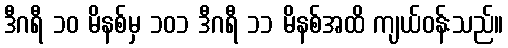
ဒီဂရီ ၁၀ မိနစ်မှ ၁၀၁ ဒီဂရီ ၁၁ မိနစ်အထိ ကျယ်ဝန်းသည်။